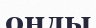
оңды